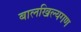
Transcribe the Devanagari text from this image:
बालखिल्यगण